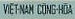
VIETNAM CONGHDA